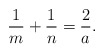
\begin{align*}\frac{1}{m} +\frac{1}{n} =\frac{2}{a}.\end{align*}